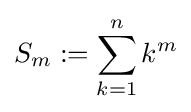
S_{m}:=\sum _{k=1}^{n}k^{m}